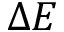
\Delta E